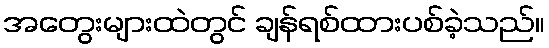
အတွေးများထဲတွင် ချန်ရစ်ထားပစ်ခဲ့သည်။